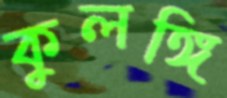
কুলঙ্গি